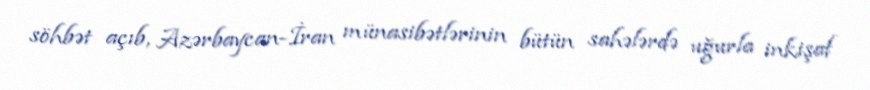
söhbət açıb, Azərbaycan-İran münasibətlərinin bütün sahələrdə uğurla inkişaf